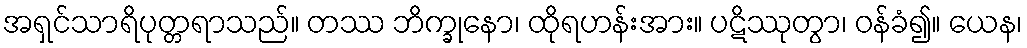
အရှင်သာရိပုတ္တရာသည်။ တဿ ဘိက္ခုနော၊ ထိုရဟန်းအား။ ပဋိဿုတွာ၊ ဝန်ခံ၍။ ယေန၊